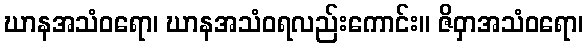
ဃာနအသံဝရော၊ ဃာနအသံဝရလည်းကောင်း။ ဇိဝှာအသံဝရော၊